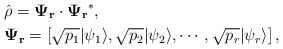
\begin{align*}& \hat\rho = \mathbf{\Psi_r} \cdot \mathbf{\Psi_r}^*, \\ & \mathbf{\Psi_r}= \left[ \sqrt{p_1} |\psi_1 \rangle, \sqrt{p_2} |\psi_2 \rangle , \cdots, \sqrt{p_r} |\psi_r \rangle \right],\end{align*}